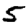
Digit: 5